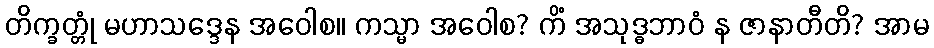
တိက္ခတ္တုံ မဟာသဒ္ဒေန အဝေါစ။ ကသ္မာ အဝေါစ? ကိံ အသုဒ္ဓဘာဝံ န ဇာနာတီတိ? အာမ